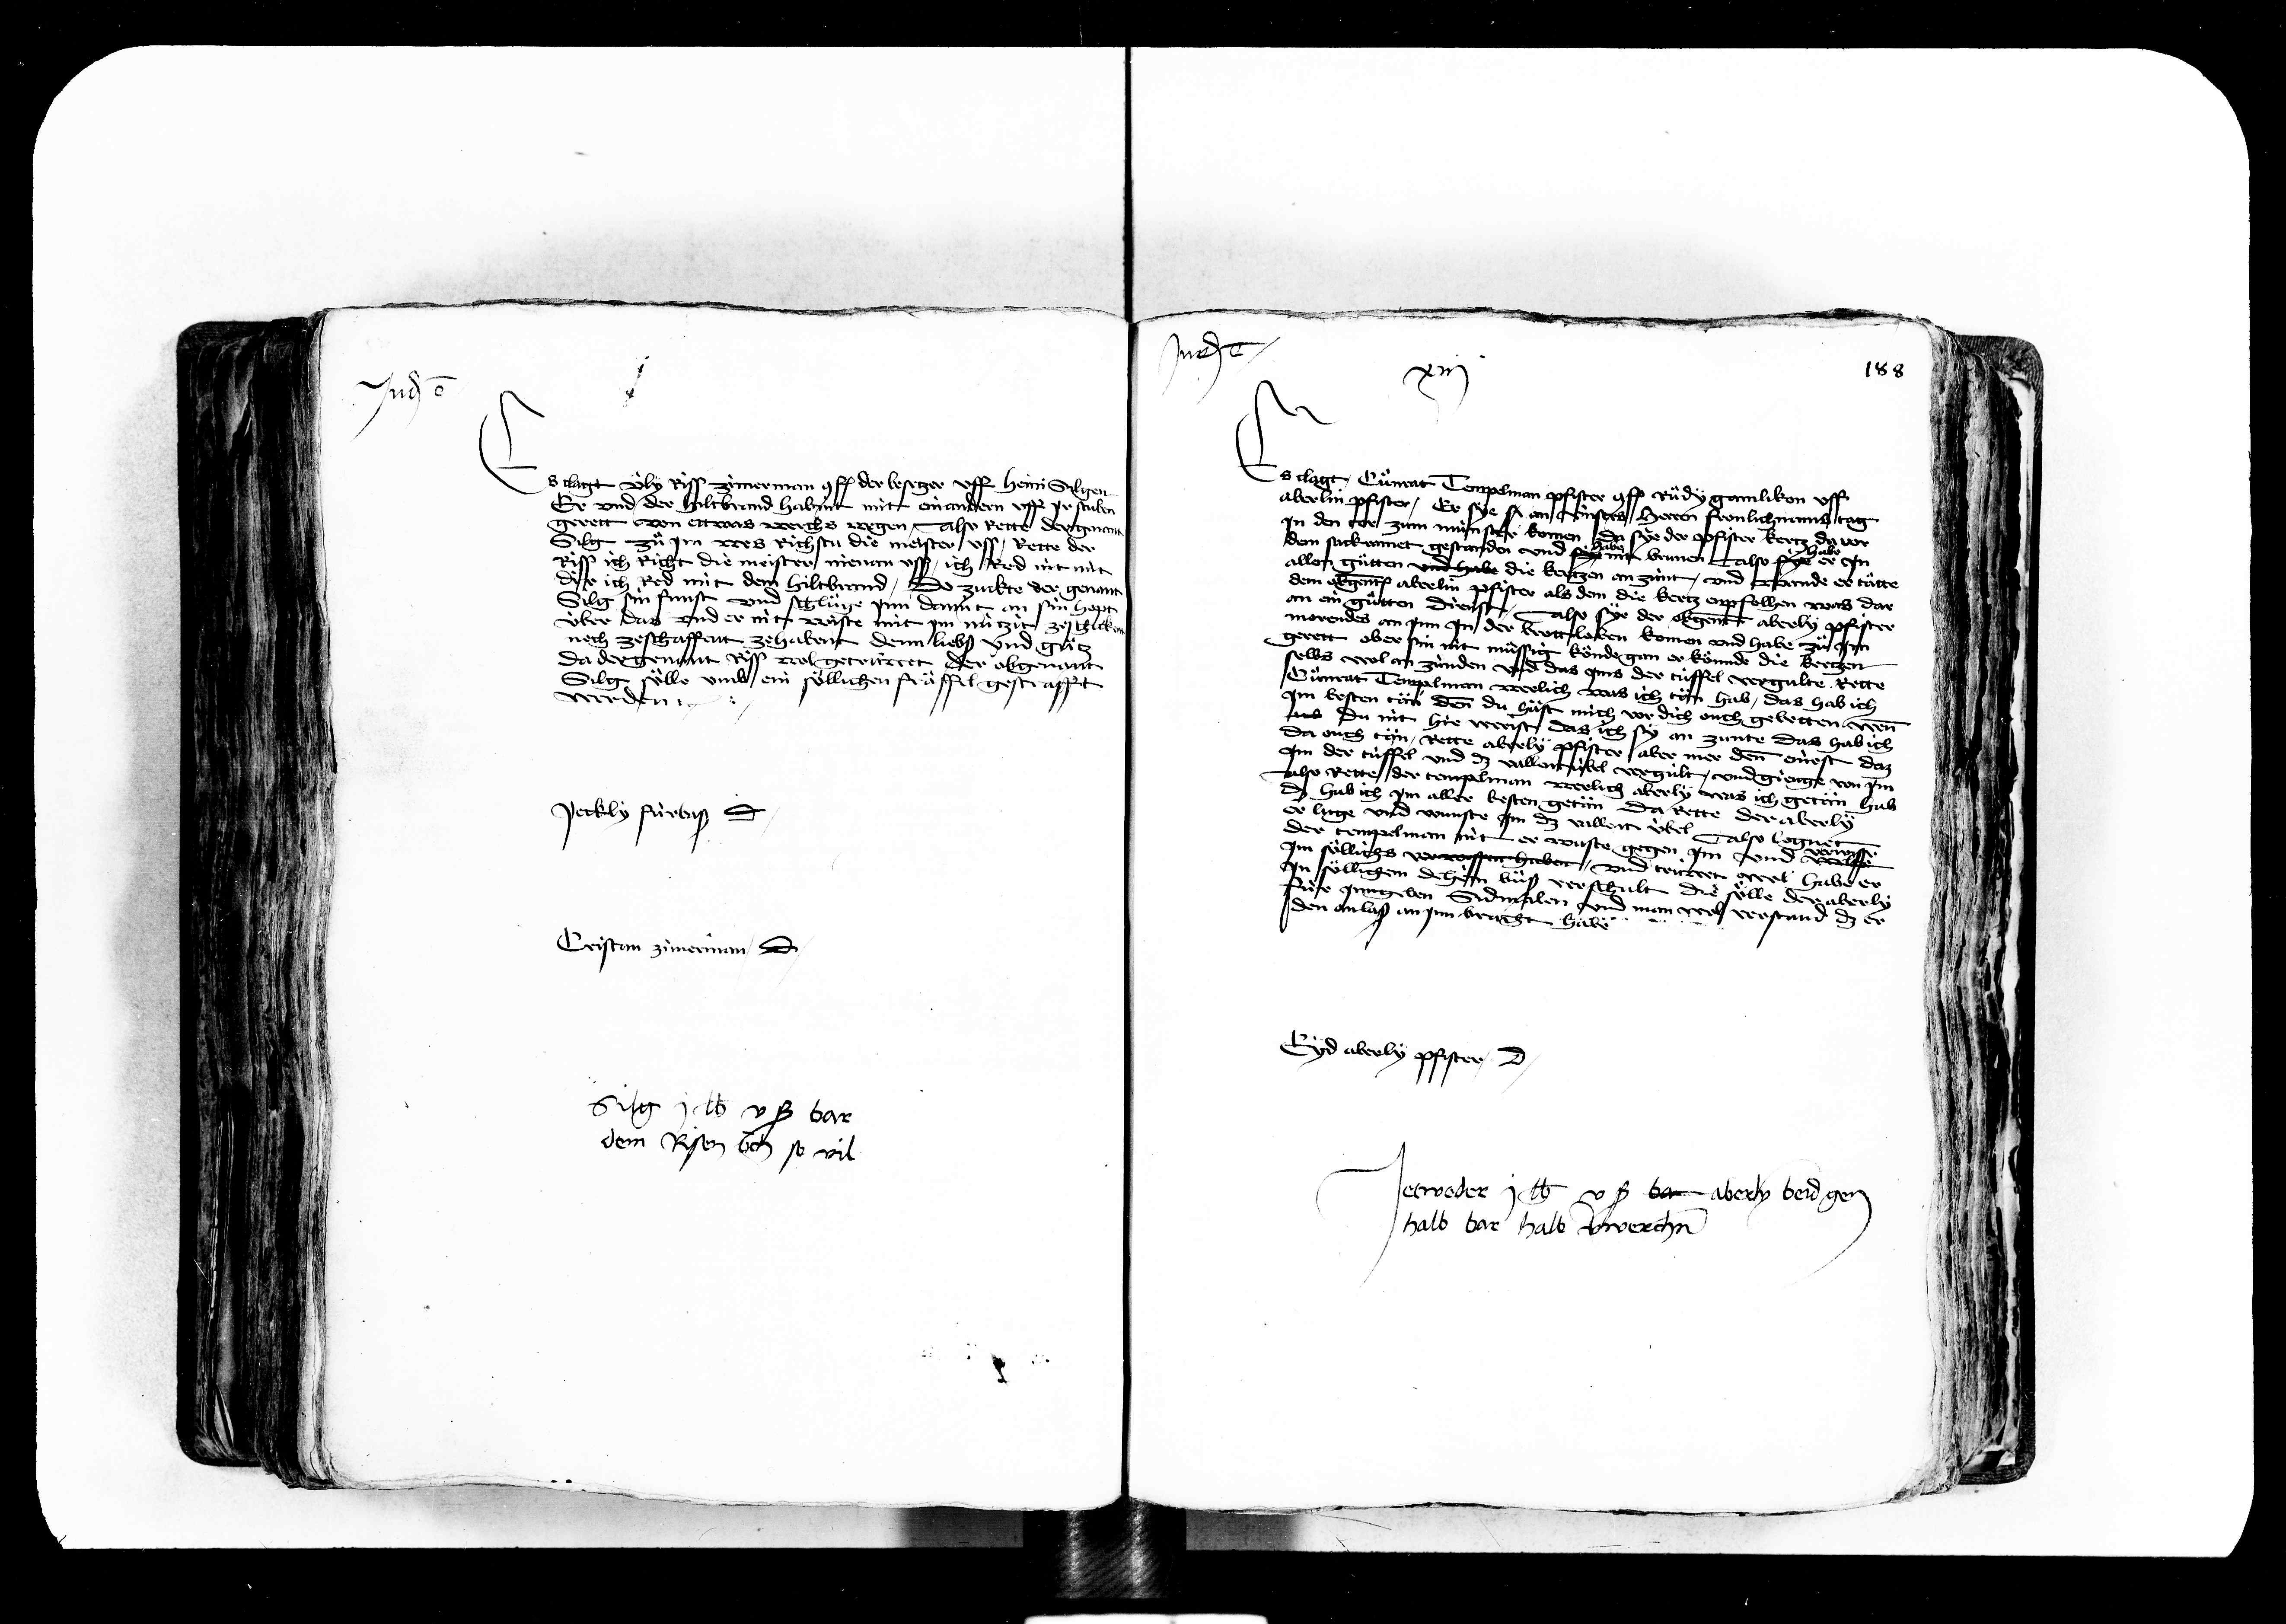
Transcription:
Judicatum est

Judicatum est

88

s clagt Uely Riss zimerman conf. der besetzer uff Heini Silgen
Er und der hiltrand habint mit einandern uff jr stuben
gerett von ettwas werchs wegen Also rette der genan
Silg zue jm was richst die meister uss Rette der
ich richt die meister nienen uss ich red nit mit
dir ich red mit dem hiltkrand do zuckte der genant
silg sin funst und schluege jnn damit an sin hopt
über das und er nit wiste mit jm nützit zeschick
noch ze schaffent zehabent denn liebs und guet
da der genant Riss wol getrüwet der obgenant
Silg soelle umb ein soellichen fräffel gestrafft
werden

Jeckly fürbas dicit

s clagt Cuenrat Tempelman Pfister conf. Ruedy gamlikon v
aberlin pfister Er sye sy an unstes herren fronlich ans tag
jn den tor zum münster komen da sye der pfister kertz da vor
dem sackramet gestanden und sy brunen Also sye er jn
allen guetten und habe die kertzen an zunt und wunde er taette
dem obgenanten aberlin pfister als dem die kertz enpfolhen was dar
an ein guetten die
Also sye der obgenant aberly pfister
morendes an jnn jn der brotteloben komen und habe zue jm
gerett aber sin nit muessig koende gan er konde die kertzen
selbs wol an zünden und das jms der tüffel vergulte Rette
Cuenrat Tempelman werlich was ich tän hab das hab ich
jm ersten tän denn du häst mich vor dich ouch gebetten won
as du nit hir werist das ich sy an zunte das hab ich
da ouch tän Rette aberly pfister aber mer denn einest da
jm der tüffel und dz vallentübel vergult und gienge von jm
Also rette der tempelman werlich aberly was ich getan hab
8
hab ich jm aller besten getän
Da rette der aberly
er luge und wunste jm dz vallent übe
der tempelman nit erwuste gegen jm und
den anlaß an jnn bracht habe
Also logn
jm soellichs verwissen haben und trüwet wol habe er
x
jn soellichem dehein bueß verschult die soelle der aberly
für jnn geben sidmalen und man wol verstand dz er

Cristan zimerman dicit

sig j lb v ß bar
dem Rissen ouch so vil

Eyd aberly Pfister dicit

Jetweder j lb v ß bar aberly beid gen
halb bar halb verwerchen